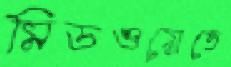
মিডওয়েতে